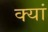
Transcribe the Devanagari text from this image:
क्यां